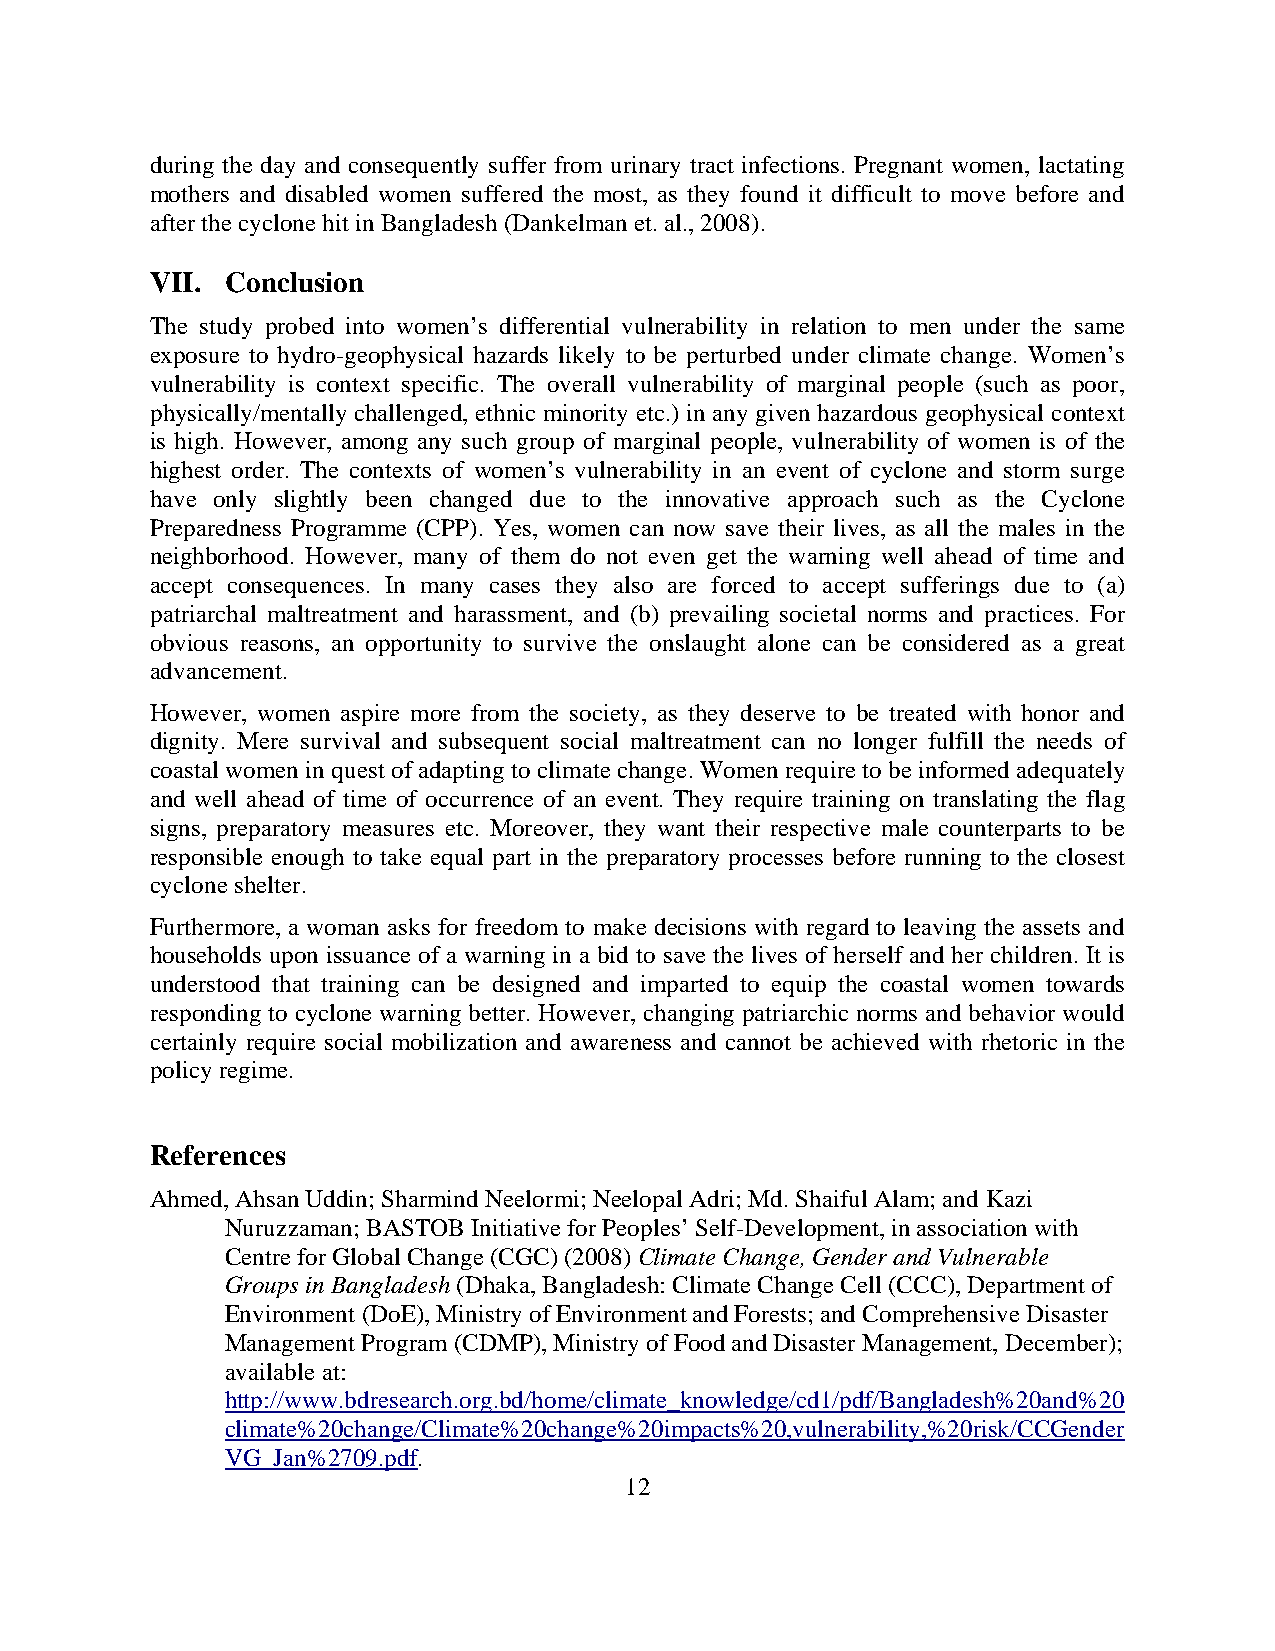
during the day and consequently suffer from urinary tract infections. Pregnant women, lactating
 mothers and disabled women suffered the most, as they found it difficult to move before and
 after the cyclone hit in Bangladesh (Dankelman et. al., 2008).
 VII. Conclusion
 The study probed into women’s differential vulnerability in relation to men under the same
 exposure to hydro-geophysical hazards likely to be perturbed under climate change. Women’s
 vulnerability is context specific. The overall vulnerability of marginal people (such as poor,
 physically/mentally challenged, ethnic minority etc.) in any given hazardous geophysical context
 is high. However, among any such group of marginal people, vulnerability of women is of the
 highest order. The contexts of women’s vulnerability in an event of cyclone and storm surge
 have only slightly been changed due to the innovative approach such as the Cyclone
 Preparedness Programme (CPP). Yes, women can now save their lives, as all the males in the
 neighborhood. However, many of them do not even get the warning well ahead of time and
 accept consequences. In many cases they also are forced to accept sufferings due to (a)
 patriarchal maltreatment and harassment, and (b) prevailing societal norms and practices. For
 obvious reasons, an opportunity to survive the onslaught alone can be considered as a great
 advancement.
 However, women aspire more from the society, as they deserve to be treated with honor and
 dignity. Mere survival and subsequent social maltreatment can no longer fulfill the needs of
 coastal women in quest of adapting to climate change. Women require to be informed adequately
 and well ahead of time of occurrence of an event. They require training on translating the flag
 signs, preparatory measures etc. Moreover, they want their respective male counterparts to be
 responsible enough to take equal part in the preparatory processes before running to the closest
 cyclone shelter.
 Furthermore, a woman asks for freedom to make decisions with regard to leaving the assets and
 households upon issuance of a warning in a bid to save the lives of herself and her children. It is
 understood that training can be designed and imparted to equip the coastal women towards
 responding to cyclone warning better. However, changing patriarchic norms and behavior would
 certainly require social mobilization and awareness and cannot be achieved with rhetoric in the
 policy regime.
 References
 Ahmed, Ahsan Uddin; Sharmind Neelormi; Neelopal Adri; Md. Shaiful Alam; and Kazi
 Nuruzzaman; BASTOB Initiative for Peoples’ Self-Development, in association with
 Centre for Global Change (CGC) (2008) Climate Change, Gender and Vulnerable
 Groups in Bangladesh (Dhaka, Bangladesh: Climate Change Cell (CCC), Department of
 Environment (DoE), Ministry of Environment and Forests; and Comprehensive Disaster
 Management Program (CDMP), Ministry of Food and Disaster Management, December);
 available at:
 http://www.bdresearch.org.bd/home/climate_knowledge/cd1/pdf/Bangladesh%20and%20
 climate%20change/Climate%20change%20impacts%20,vulnerability,%20risk/CCGender
 VG_Jan%2709.pdf.
 12